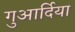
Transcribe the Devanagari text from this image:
गुआर्दिया